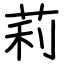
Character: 莉